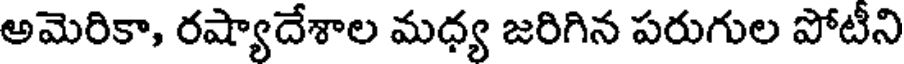
అమెరికా, రష్యాదేశాల మధ్య జరిగిన పరుగుల పోటీని